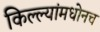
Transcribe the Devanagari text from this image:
किल्ल्यांमधोनच